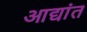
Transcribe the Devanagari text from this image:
आद्यांत